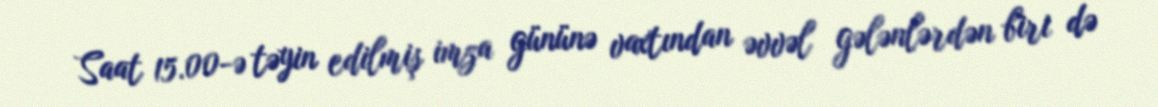
Saat 15.00-ə təyin edilmiş imza gününə vaxtından əvvəl gələnlərdən biri də